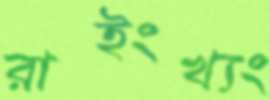
রাইংখ্যং